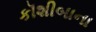
કૉશીબાના